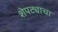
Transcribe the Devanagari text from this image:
शेपट्याचा